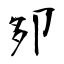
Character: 卶